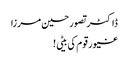
ڈاکٹر تصور حسین مرزا
غیور قوم کی بیٹی !